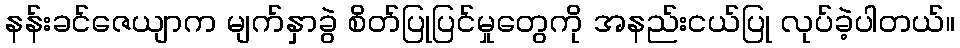
နန်းခင်ဇေယျာက မျက်နှာခွဲ စိတ်ပြုပြင်မှုတွေကို အနည်းငယ်ပြု လုပ်ခဲ့ပါတယ်။